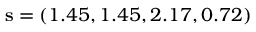
\mathbf { s } = ( 1 . 4 5 , 1 . 4 5 , 2 . 1 7 , 0 . 7 2 )